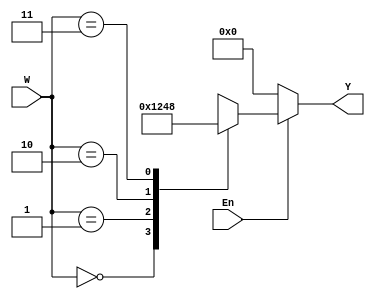
`timescale 1ns / 1 ps
`default_nettype none

module two_four_decoder(
                        input wire [1:0] W, // declare input 2 bit
                        input wire En, // declare input on or off
                        output reg [3:0] Y // declare output saved value
                        );
    always @(W or En) // at change in W or En
        begin 
            if(En == 1'b1) // if En is 1 bit 1
                case(W)
                    2'b00: Y = 4'b0001; // decode 00
                    2'b01: Y = 4'b0010; // decode 01
                    2'b10: Y = 4'b0100; // decode 10
                    2'b11: Y = 4'b1000; // decode 11
                endcase
            else
                Y = 4'b0000; // else register nothing
        end
        
endmodule